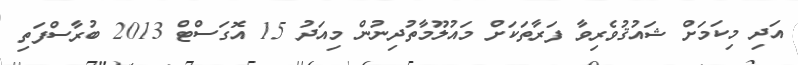
އަދި މިކަމަށް ޝައުޤުވެރިވާ ފަރާތަކަށް މައުލޫމާތުދިނުން މިއަދު 15 އޮގަސްޓް 2013 ބުރާސްފަތި